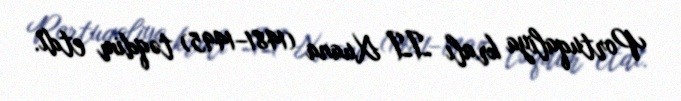
Portuqaliya kralı II Xuana (1481–1495) təqdim etdi.